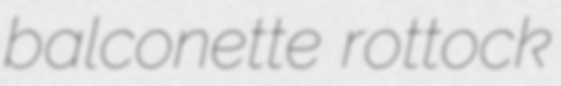
balconette rottock